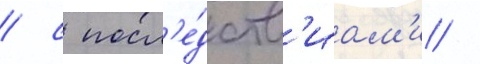
/ с посл'е́дств'иам'и /